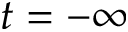
t = - \infty